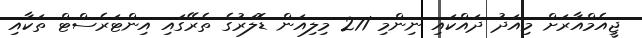
ޖީއެމްއާރަށް މިއަދު ދައްކައި ނިންމި 271 މިލިއަން ޑޮލަރުގެ ތެރޭގައި އިންޓަރެސްޓް ތަކާއި